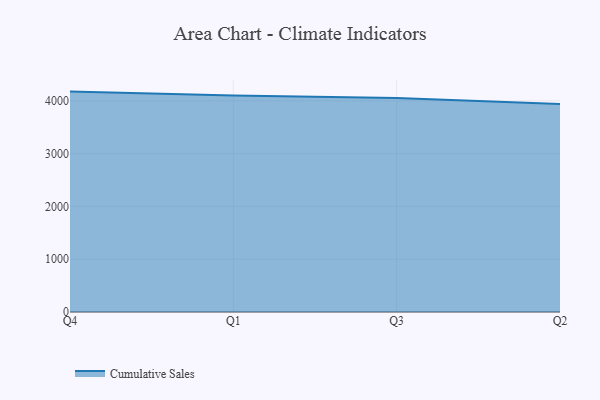
{"axis": {"x": "Quarter", "y": "Temperature (°C)"}, "legend": ["Cumulative Sales"], "data": [{"x": "Q4", "y": 4175.0, "type": "Cumulative Sales"}, {"x": "Q1", "y": 4102.7, "type": "Cumulative Sales"}, {"x": "Q3", "y": 4051.4, "type": "Cumulative Sales"}, {"x": "Q2", "y": 3938.3, "type": "Cumulative Sales"}]}